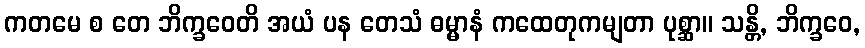
ကတမေ စ တေ ဘိက္ခဝေတိ အယံ ပန တေသံ ဓမ္မာနံ ကထေတုကမျတာ ပုစ္ဆာ။ သန္တိ, ဘိက္ခဝေ,